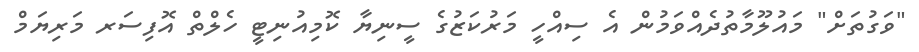
"ވަގުތަށް" މައުލޫމާތުދެއްވަމުން އެ ސިއްހީ މަރުކަޒުގެ ސީނިޔާ ކޮމިއުނިޓީ ހެލްތް އޮފިސަރ މަރިޔަމް